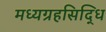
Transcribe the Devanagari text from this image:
मध्यग्रहसिद्धि